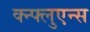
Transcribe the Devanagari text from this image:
क्न्फ्लुएन्स